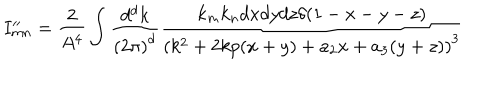
I _ { m n } ^ { \prime \prime } = \frac { 2 } { A ^ { 4 } } \int \frac { d ^ { d } k } { { ( 2 \pi ) } ^ { d } } \frac { k _ { m } k _ { n } d x d y d z \delta ( 1 - x - y - z ) } { { ( k ^ { 2 } + 2 k p ( x + y ) + a _ { 2 } x + a _ { 3 } ( y + z ) ) } ^ { 3 } }